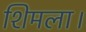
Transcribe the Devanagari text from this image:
शिमला।